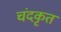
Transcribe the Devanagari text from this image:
चंदकृत